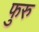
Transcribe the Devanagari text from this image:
फुरु